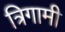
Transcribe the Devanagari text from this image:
त्रिगामी